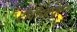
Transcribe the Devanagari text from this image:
टीवीडब्ल्यूएस